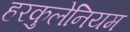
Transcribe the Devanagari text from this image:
हरकुलेनियम